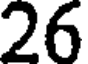
26